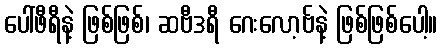
ပေါ်ဖီရီနဲ့ ဖြစ်ဖြစ်၊ ဆဗီဒရီ ဂေးလော့ဗ်နဲ့ ဖြစ်ဖြစ်ပေါ့။